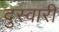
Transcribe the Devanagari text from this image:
दुस्वारी